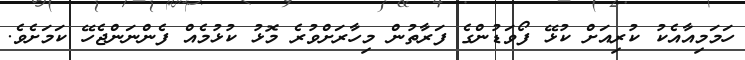
ހަމަމިއާއެކު ކުރިއަށް ކުޅޭ ފޯވަޑުންގެ ފަރާތުން މިހާރަށްވުރެ މޮޅު ކުޅުމެއް ފެންނަންޖެހޭ ކަމަށެވެ.